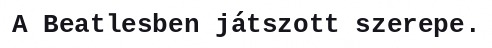
A Beatlesben játszott szerepe.